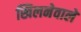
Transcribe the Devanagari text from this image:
खिलनेवाले